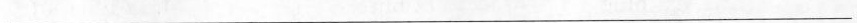
___